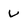
Character: v